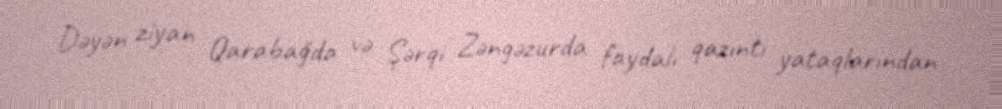
Dəyən ziyan Qarabağda və Şərqi Zəngəzurda faydalı qazıntı yataqlarından